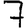
Digit: 7